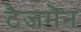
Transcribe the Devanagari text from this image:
टैजमेन